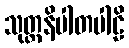
သုတ္တနိပါတပါဠိ